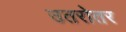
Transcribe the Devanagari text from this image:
उतरोतर